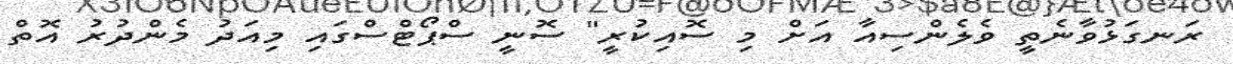
ރަނގަޅުވާނެތީ ވެލެންސިއާ އަށް މި ސޮއިކުރީ" ސޮނީ ސްޕޯޓްސްގައި މިއަދު މެންދުރު އޮތް